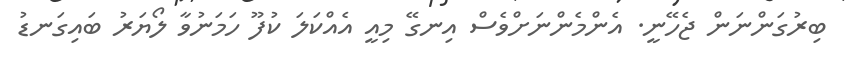
ބިރުގަންނަން ޖެހޭނީ. އެންމެންނަށްވެސް އިނގޭ މިއީ އެއްކަލަ ކުފޫ ހަމަނުވާ ލޯޔަރު ބައިގަނޑު